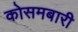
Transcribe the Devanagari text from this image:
कोसमबारी